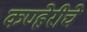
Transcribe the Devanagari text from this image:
कण्हेरीचे